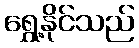
ရွှေ့နိုင်သည်